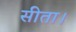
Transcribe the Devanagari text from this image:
सीता।